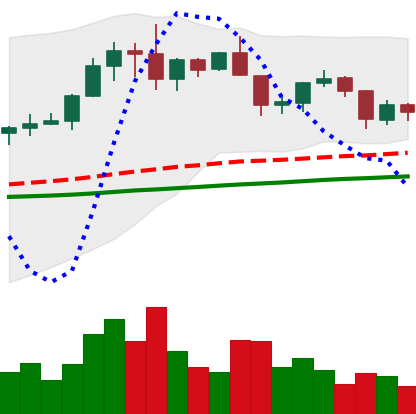
Ticker: XRP-USD
Chart end date: 2019-06-11
Forward return: 8.435%
Label: up_7plus